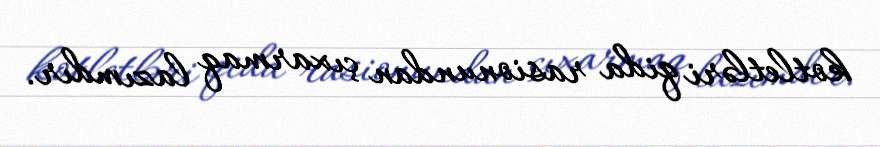
kotletləri qida rasionundan çıxarmaq lazımdır.